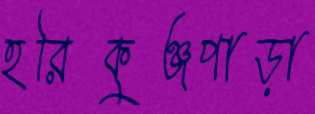
হরিকুঞ্জপাড়া